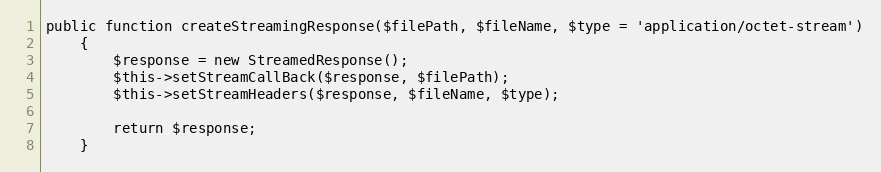
Language: PHP
public function createStreamingResponse($filePath, $fileName, $type = 'application/octet-stream')
    {
        $response = new StreamedResponse();
        $this->setStreamCallBack($response, $filePath);
        $this->setStreamHeaders($response, $fileName, $type);

        return $response;
    }